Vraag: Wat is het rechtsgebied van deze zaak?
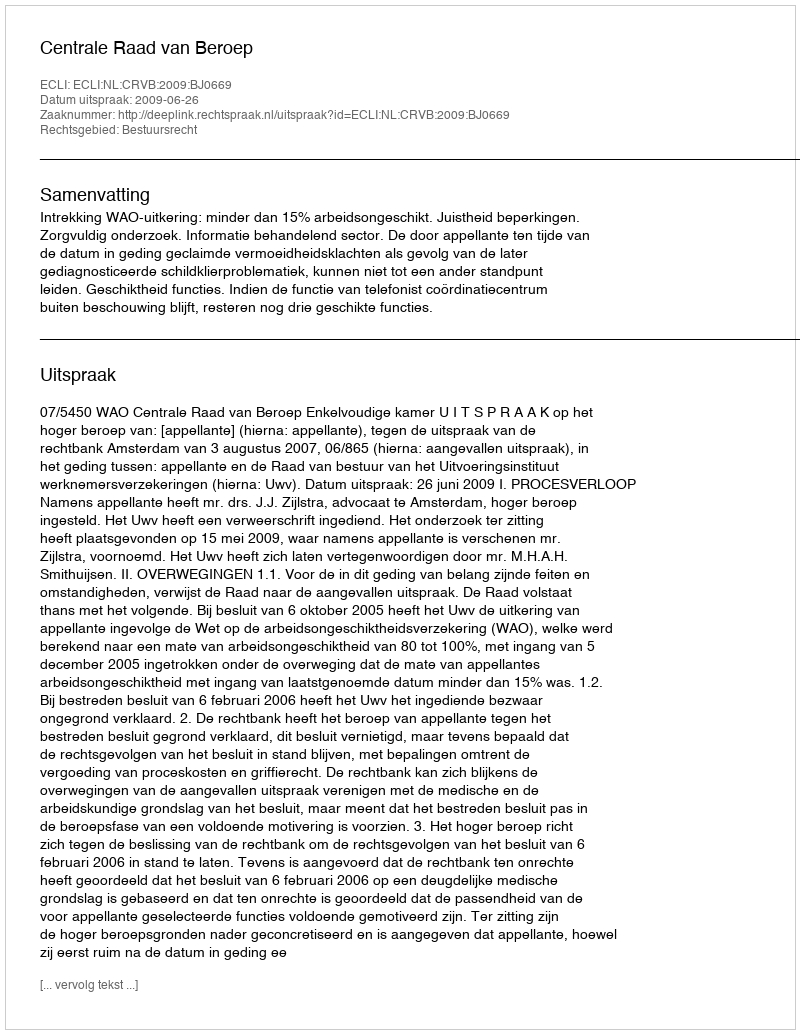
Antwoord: Bestuursrecht